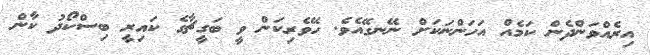
އިރެއްވަންދެން ކަމެއް އަހަންނަކަށް ނޭނގޭއެވެ. ހޭވެރިކަން ވީ ބަގީޗާގެ ކައިރީ ބިސްކޯދު ކާން